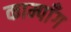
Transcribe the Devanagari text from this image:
काम्पाँग